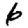
Digit: 6